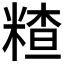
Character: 𥻗